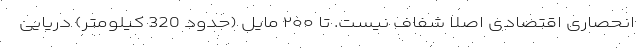
انحصاری اقتصادی اصلا شفاف نیست. تا ۲۰۰ مایل (حدود 320 کیلومتر) دریایی